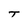
Character: T